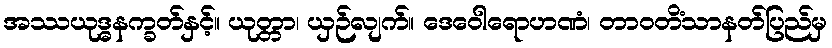
အဿယုဒ္ဓနက္ခတ်နှင့်။ ယုတ္တာ၊ ယှဉ်လျက်။ ဒေဝေါရောဟဏံ၊ တာဝတိံသာနတ်ပြည်မှ